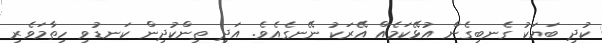
ކުދި ބަޔަކު ގެނބިގެން އުޅޭކަމެއް އޭރަކު ނޭނގެއެވެ. އަދި ތިންކުދިން ކަނޑުވި ހިތާމަވެރި